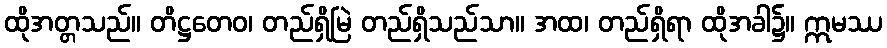
ထိုအတ္တသည်။ တိဋ္ဌတေဝ၊ တည်ရှိမြဲ တည်ရှိသည်သာ။ အထ၊ တည်ရှိရာ ထိုအခါ၌။ ဣမဿ